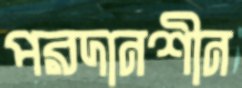
পরদানশীন